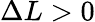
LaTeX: \Delta L>0